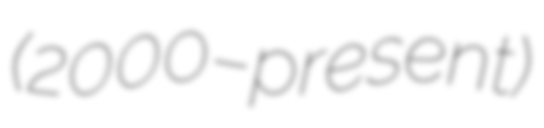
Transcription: (2000–present)